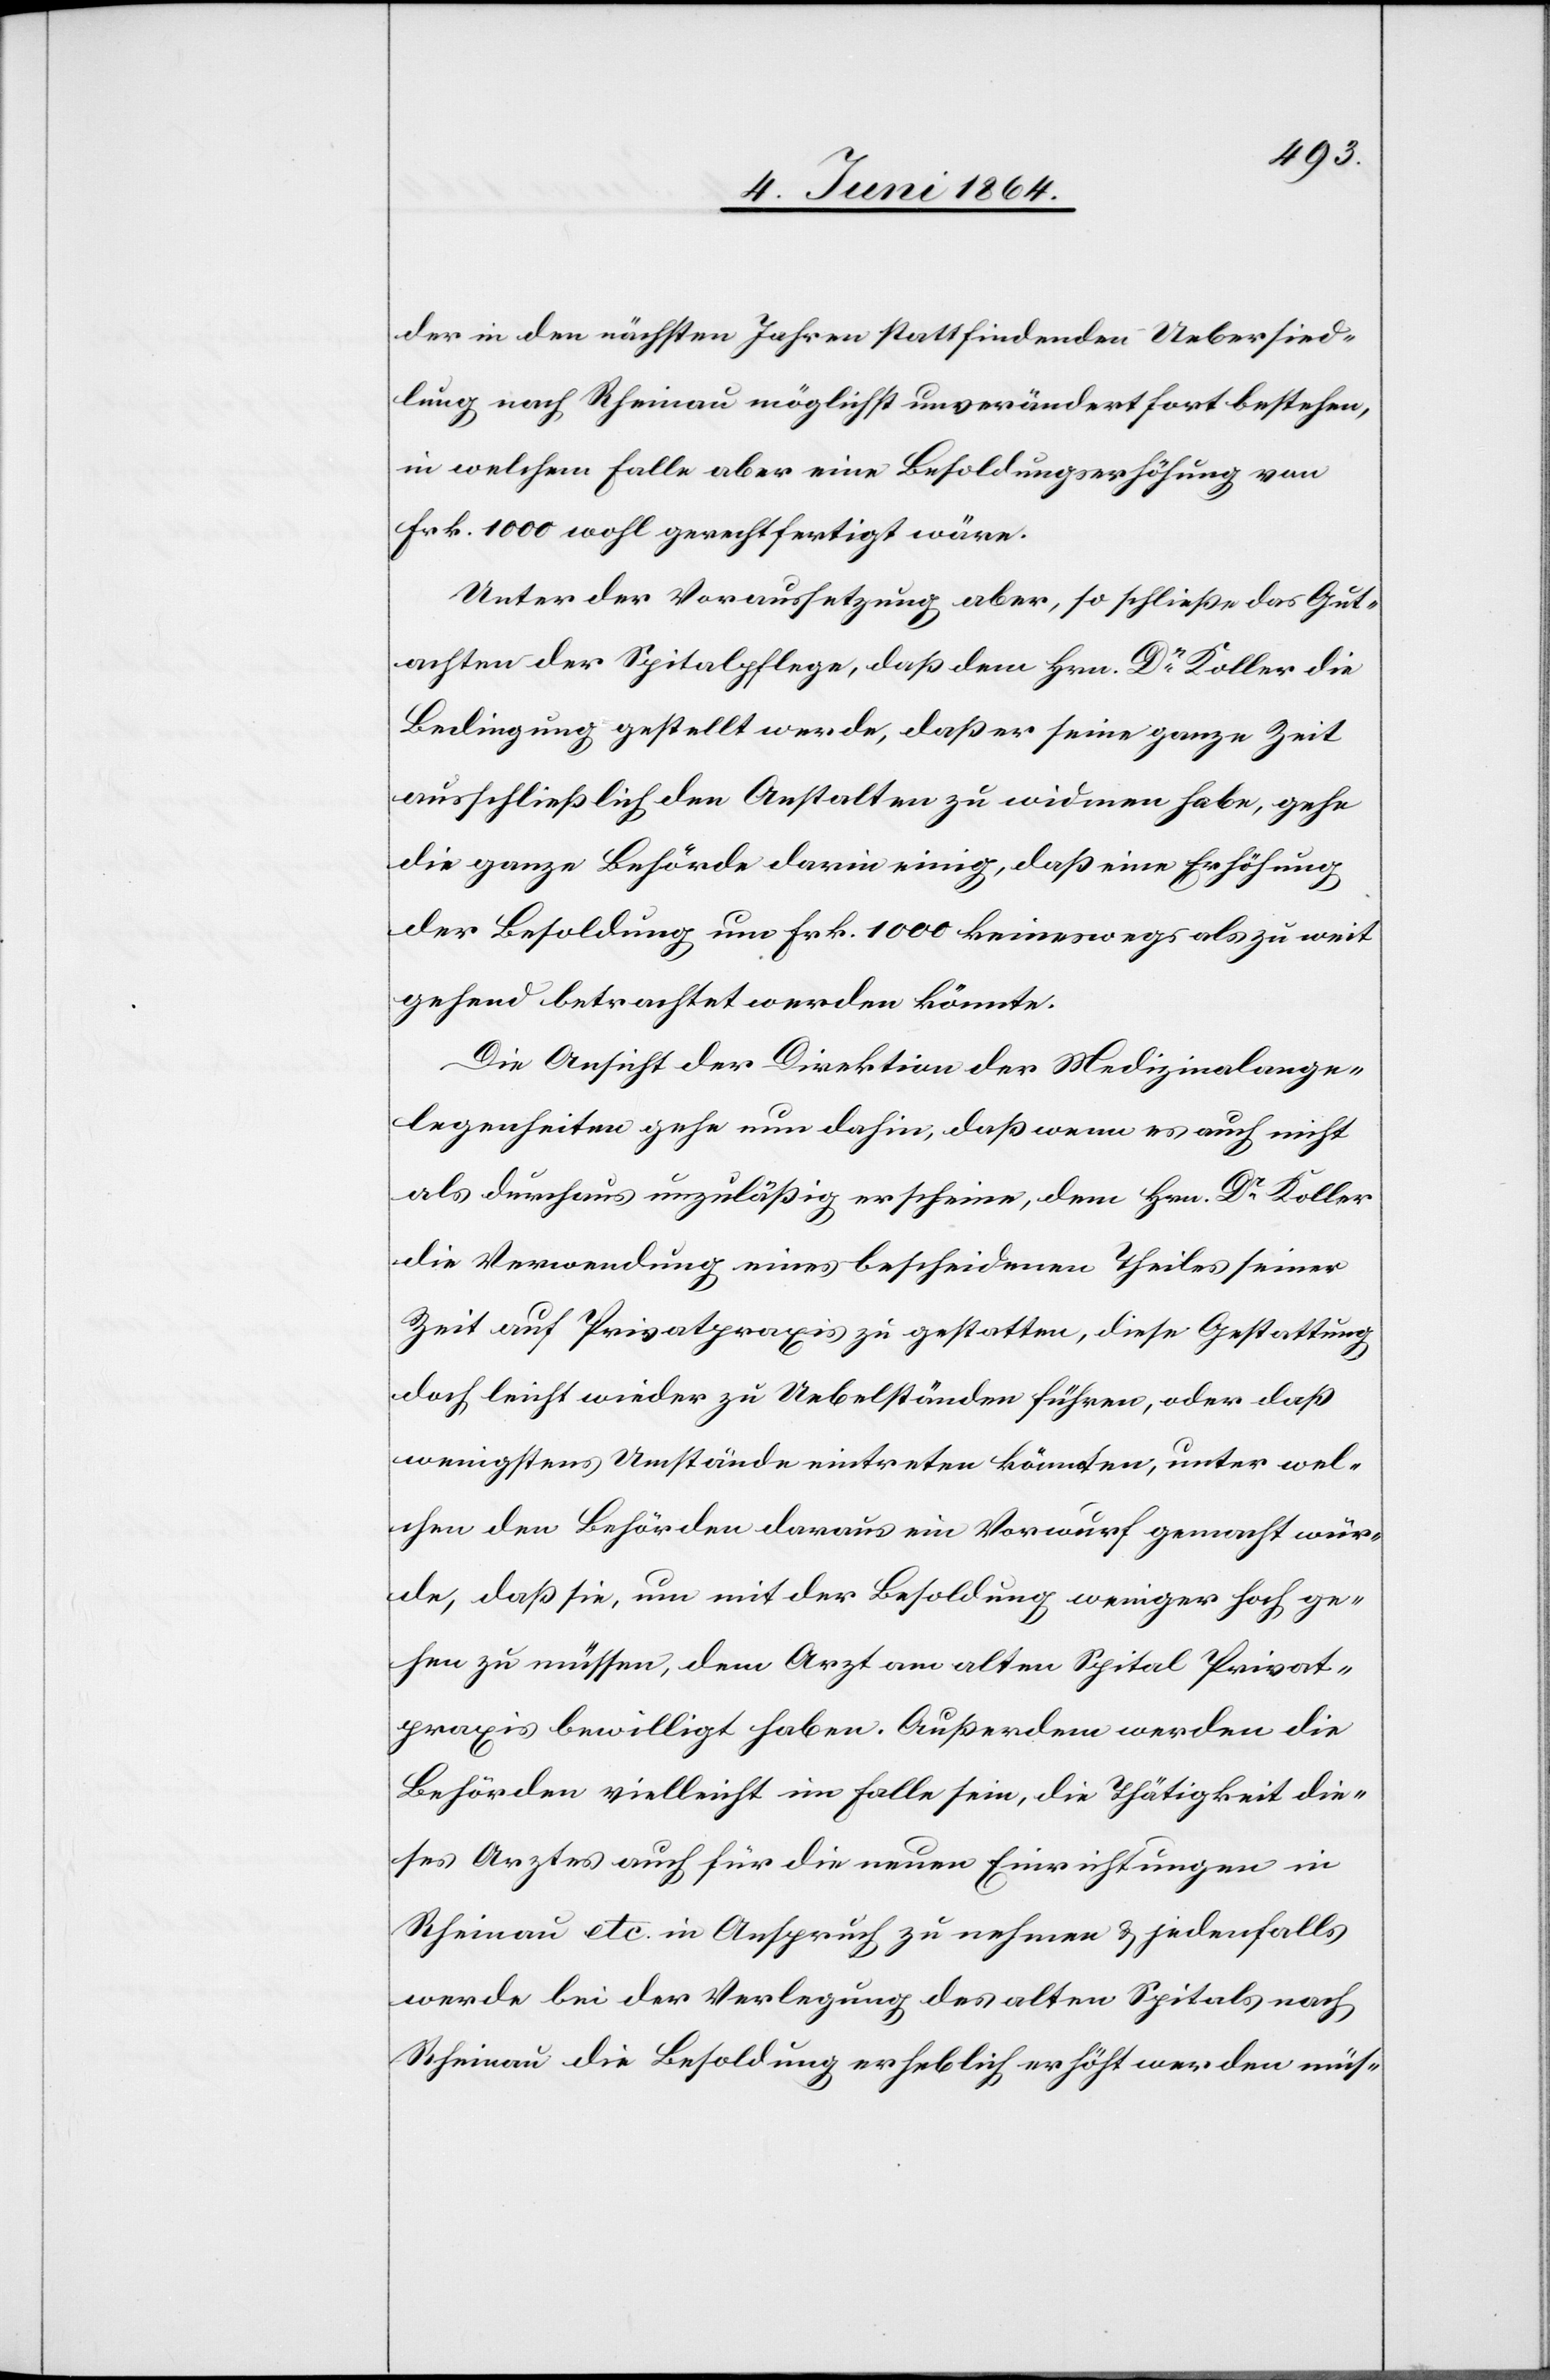
der in den nächsten Jahren stattfindenden Uebersied¬
lung nach Rheinau möglichst unverändert fortbestehen,
in welchem Falle aber eine Besoldungserhöhung von
Frk. 1000 wohl gerechtfertigt wäre.
Unter der Voraussetzung aber, so schließe das Gut¬
achten der Spitalpflege, daß dem Hrn. Dr Koller die
Bedingung gestellt werde, daß er seine ganze Zeit
ausschließlich den Anstalten zu widmen habe, gehe
die ganze Behörde darin einig, daß eine Erhöhung
der Besoldung um Frk. 1000 keineswegs als zu weit
gehend betrachtet werden könnte.
Die Ansicht der Direktion der Medizinalange¬
legenheiten gehe nun dahin, daß wenn es auch nicht
als durchaus unzuläßig erscheine, dem Hrn. Dr Koller
die Verwendung eines bescheidenen Theiles seiner
Zeit auf Privatpraxis zu gestatten, diese Gestattung
doch leicht wieder zu Uebelständen führen, oder daß
wenigstens Umstände eintreten könnten, unter wel¬
chen den Behörden daraus ein Vorwurf gemacht wür¬
de, daß sie, um mit der Besoldung weniger hoch ge¬
hen zu müssen, dem Arzt am alten Spital Privat¬
praxis bewilligt haben. Außerdem werden die
Behörden vielleicht im Falle sein, die Thätigkeit die¬
ses Arztes auch für die neuen Einrichtungen in
Rheinau etc. in Anspruch zu nehmen u. jedenfalls
werde bei der Verlegung des alten Spitals nach
Rheinau die Besoldung erheblich erhöht werden müs-